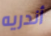
أندريه